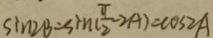
\sin 2 B = \sin ( \frac { \pi } { 2 } - 2 A ) < \cos 2 A